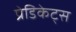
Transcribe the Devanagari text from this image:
प्रेडिकेट्स